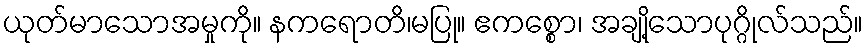
ယုတ်မာသောအမှုကို။ နကရောတိ၊မပြု။ ဧကစ္စော၊ အချို့သောပုဂ္ဂိုလ်သည်။